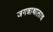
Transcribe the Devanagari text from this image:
जगन्नाथालाच